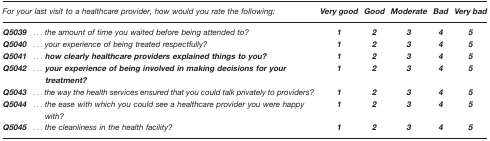
<table><thead><tr><td colspan="2"><b><i>For your last visit to a healthcare provider, how would you rate the following:</i></b></td><td><b><i>Very good</i></b></td><td><b><i>Good</i></b></td><td><b><i>Moderate</i></b></td><td><b><i>Bad</i></b></td><td><b><i>Very bad</i></b></td></tr></thead><tbody><tr><td><i><b>Q5039</b></i></td><td><i>... the amount of time you waited before being attended to?</i></td><td><i><b>1</b></i></td><td><i><b>2</b></i></td><td><i><b>3</b></i></td><td><i><b>4</b></i></td><td><i><b>5</b></i></td></tr><tr><td><i><b>Q5040</b></i></td><td><i>...your experience of being treated respectfully?</i></td><td><i><b>1</b></i></td><td><i><b>2</b></i></td><td><i><b>3</b></i></td><td><i><b>4</b></i></td><td><i><b>5</b></i></td></tr><tr><td><i><b>Q5041</b></i></td><td><i><b>...how clearly healthcare providers explained things to you?</b></i></td><td><i><b>1</b></i></td><td><i><b>2</b></i></td><td><i><b>3</b></i></td><td><i><b>4</b></i></td><td><i><b>5</b></i></td></tr><tr><td><i><b>Q5042</b></i></td><td><i><b>...your experience of being involved in making decisions for your treatment?</b></i></td><td><i><b>1</b></i></td><td><i><b>2</b></i></td><td><i><b>3</b></i></td><td><i><b>4</b></i></td><td><i><b>5</b></i></td></tr><tr><td><i><b>Q5043</b></i></td><td><i>...the way the health services ensured that you could talk privately to providers?</i></td><td><i><b>1</b></i></td><td><i><b>2</b></i></td><td><i><b>3</b></i></td><td><i><b>4</b></i></td><td><i><b>5</b></i></td></tr><tr><td><i><b>Q5044</b></i></td><td><i>...the ease with which you could see a healthcare provider you were happy with?</i></td><td><i><b>1</b></i></td><td><i><b>2</b></i></td><td><i><b>3</b></i></td><td><i><b>4</b></i></td><td><i><b>5</b></i></td></tr><tr><td><i><b>Q5045</b></i></td><td><i>...the cleanliness in the health facility?</i></td><td><i><b>1</b></i></td><td><i><b>2</b></i></td><td><i><b>3</b></i></td><td><i><b>4</b></i></td><td><i><b>5</b></i></td></tr></tbody></table>